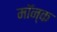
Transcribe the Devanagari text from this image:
मॉन्क